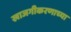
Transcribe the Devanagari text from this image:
खाजगीकरणाच्या